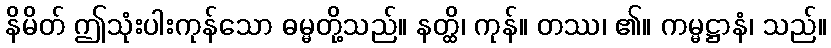
နိမိတ် ဤသုံးပါးကုန်သော ဓမ္မတို့သည်။ နတ္ထိ၊ ကုန်။ တဿ၊ ၏။ ကမ္မဋ္ဌာနံ၊ သည်။